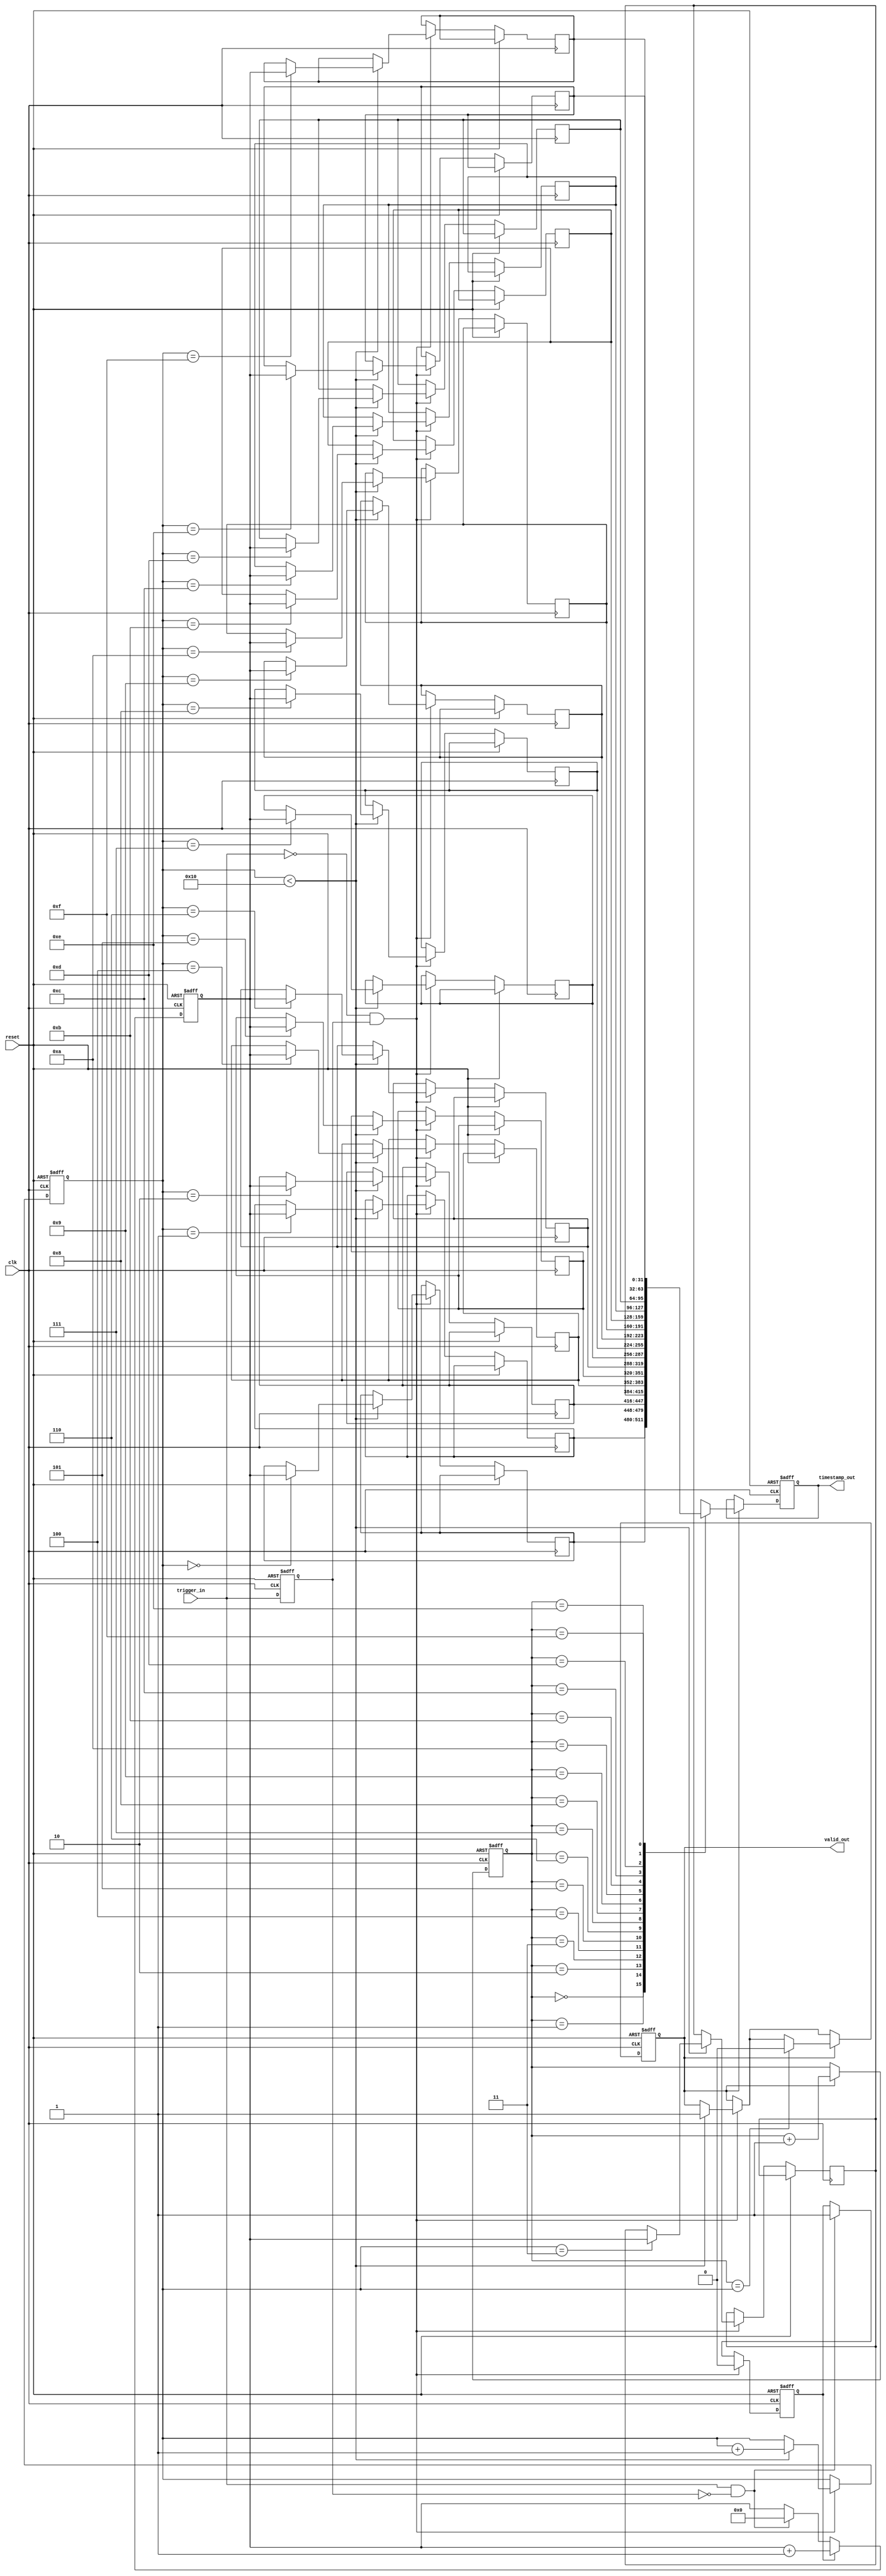
module multi_domain_tdc (
    input wire clk,                     // Main clock
    input wire reset,                   // Asynchronous reset
    input wire trigger_in,              // Trigger input signal
    output reg [31:0] timestamp_out,    // Output timestamp
    output reg valid_out                 // Valid output signal
);

    // Parameters
    parameter DEPTH = 16;               // Depth of the memory
    parameter WIDTH = 32;                // Width of the timestamp

    // Memory block for timestamps
    reg [WIDTH-1:0] timestamp_memory [0:DEPTH-1];
    reg [3:0] write_pointer;             // Pointer for writing timestamps
    reg [3:0] read_pointer;              // Pointer for reading timestamps
    reg measuring;                       // Flag to indicate measuring state
    reg [31:0] time_counter;             // Time counter

    // Edge detection
    reg last_trigger;
    
    // Control Logic
    always @(posedge clk or posedge reset) begin
        if (reset) begin
            measuring <= 0;
            time_counter <= 0;
            write_pointer <= 0;
            read_pointer <= 0;
            valid_out <= 0;
            timestamp_out <= 0;
            last_trigger <= 0;
        end else begin
            // Edge detection
            if (trigger_in && !last_trigger) begin
                measuring <= 1; // Start measuring
                time_counter <= 0; // Reset time counter
            end
            
            if (measuring) begin
                time_counter <= time_counter + 1; // Increment counter
            end
            
            // Stop measuring on falling edge
            if (!trigger_in && last_trigger) begin
                measuring <= 0; // Stop measuring
                // Store the timestamp in memory
                if (write_pointer < DEPTH) begin
                    timestamp_memory[write_pointer] <= time_counter;
                    write_pointer <= write_pointer + 1;
                    valid_out <= 1; // Indicate valid timestamp
                end
            end
            
            // Update output timestamp when valid
            if (valid_out) begin
                timestamp_out <= timestamp_memory[read_pointer];
                read_pointer <= read_pointer + 1; // Move to next timestamp
                if (read_pointer == write_pointer) begin
                    valid_out <= 0; // No more valid data
                end
            end
            
            // Update last_trigger
            last_trigger <= trigger_in;
        end
    end

endmodule